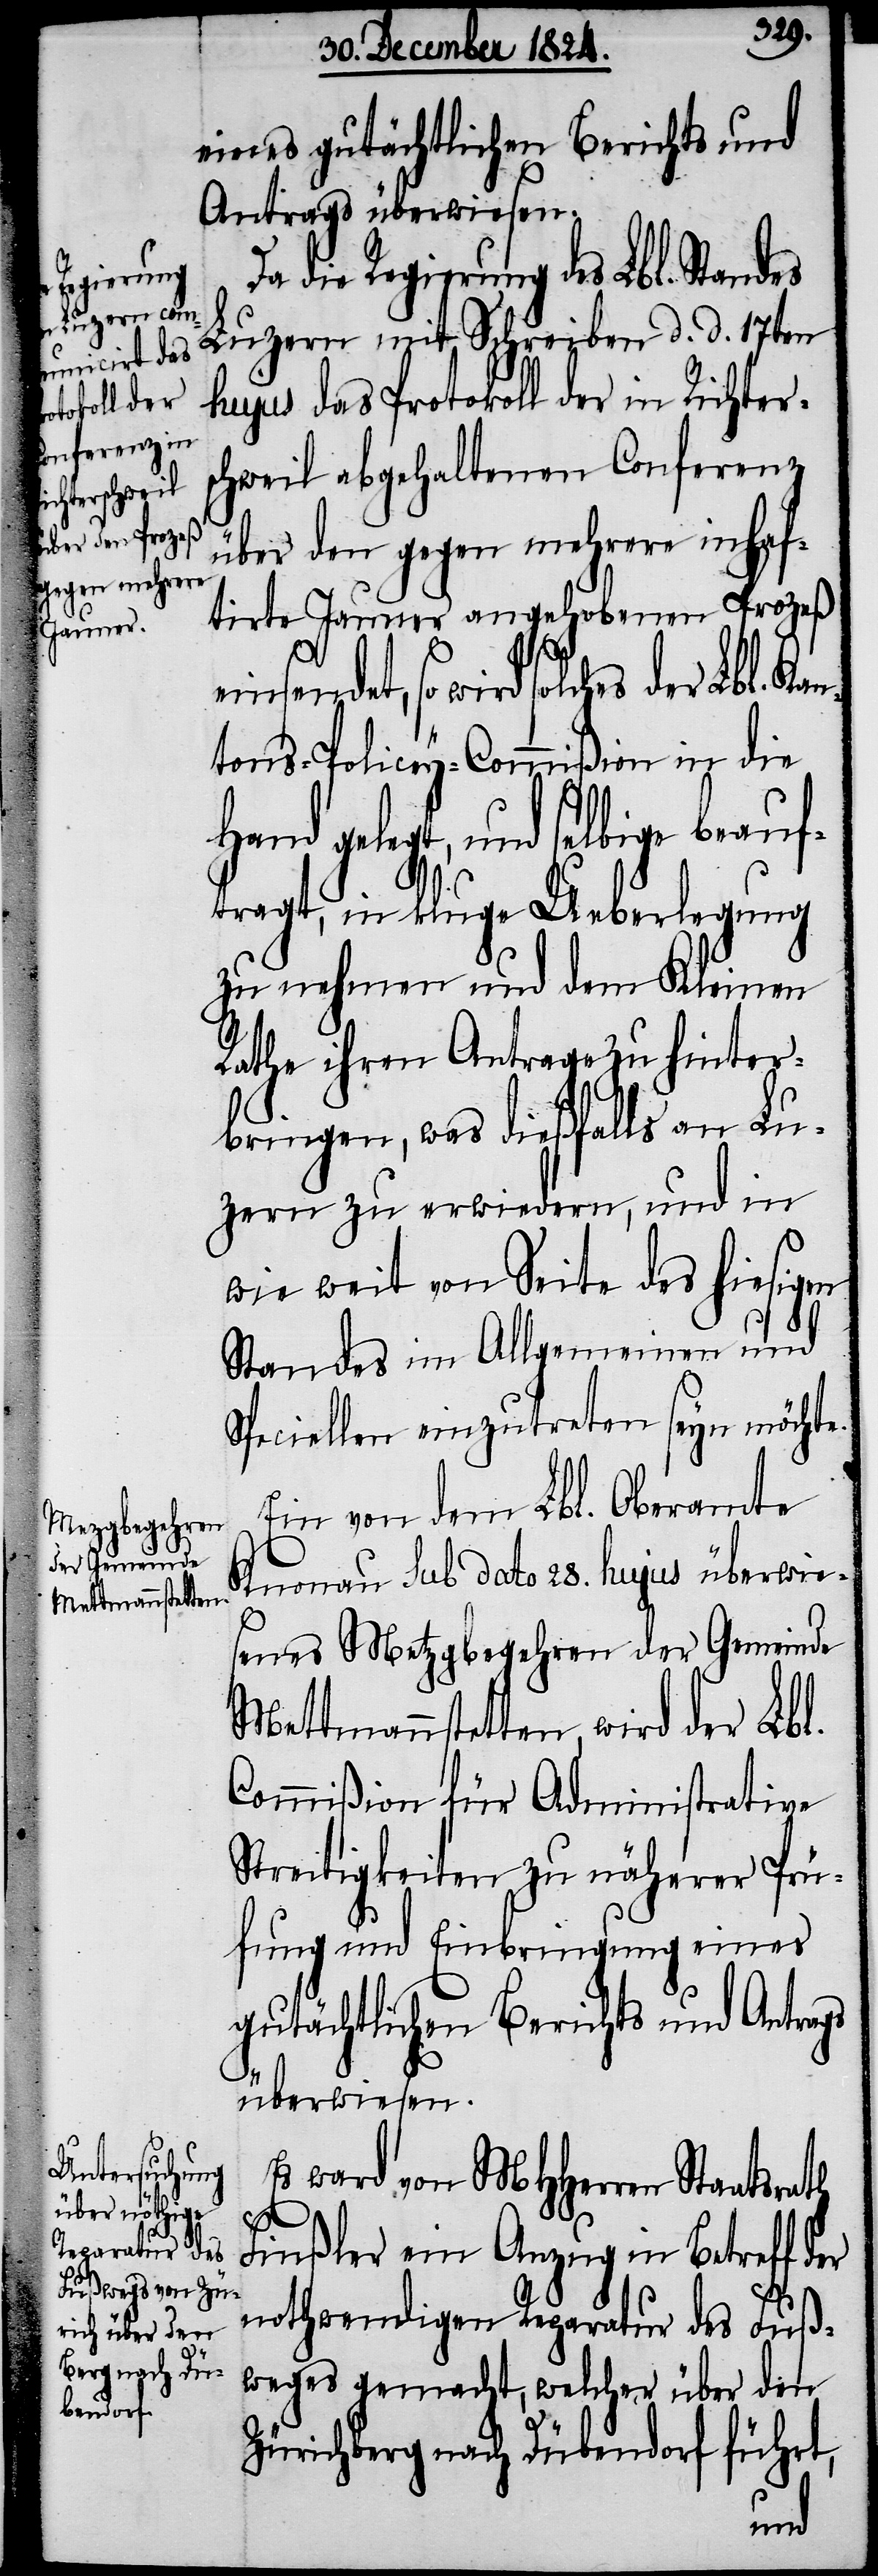
eines gutächtlichen Berichts und
Antrags überwiesen.
Da die Regierung Lbl. Standes
Luzern mit Schreiben d. d. 17ten
hujus das Protokoll der in Richters¬
chweil abgehaltenen Conferenz
über den gegen mehrere inhaf¬
tirte Jauner angehobenen Prozeß
so wird solches der Lbl. Ka¬
ntons-Policey-Commißion in die
Hand gelegt, und selbige beauf¬
tragt, in kluge Ueberlegung
zu nehmen und dem Kleinen
Rathe ihren Antrage zu hinter¬
bringen, was dießfalls an Lu¬
zern zu erwiedern, und in
wie weit von Seite des hiesigen
Standes im Allgemeinen und
Speciellen einzutreten seyn möchte.
Ein von dem Lbl. Oberamte
Knonau sub dato 28. hujus überwies¬
enes Metzgbegehren der Gemeinde
Mettmannstetten, wird der Lbl.
Commißion für Administrative
Streitigkeiten zu näherer Prü¬
fung und Einbringung eines
gutächtlichen Berichts und Antrags
überwiesen.
Es ward von MHHerren Staatsrath
Finßler ein Anzug in Betreff
nothwendigen Reparatur des Fuß¬
weges gemacht, welcher über den
Zürichberg nach Dübendorf führt,